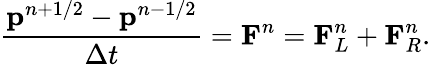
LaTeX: \frac{\mathbf{p}^{n+1/2}-\mathbf{p}^{n-1/2}}{\Delta t}=\mathbf{F}^{n}=\mathbf{F}_{L}^{n}+\mathbf{F}_{R}^{n}.